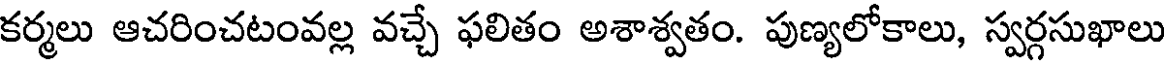
కర్మలు ఆచరించటంవల్ల వచ్చే ఫలితం అశాశ్వతం. పుణ్యలోకాలు, స్వర్గసుఖాలు